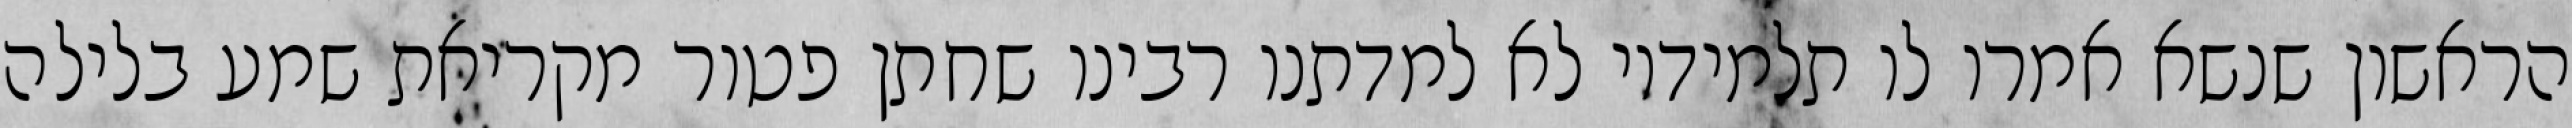
הראשון שנשא אמרו לו תלמידיו לא למדתנו רבינו שחתן פטור מקריאת שמע בלילה